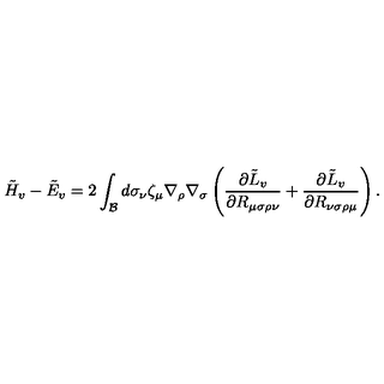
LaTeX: \tilde { H } _ { v } - \tilde { E } _ { v } = 2 \int _ { \cal B } d \sigma _ { \nu } \zeta _ { \mu } \nabla _ { \rho } \nabla _ { \sigma } \left( { \frac { \partial { \tilde { L } } _ { v } } { \partial R _ { \mu \sigma \rho \nu } } } + { \frac { \partial { \tilde { L } } _ { v } } { \partial R _ { \nu \sigma \rho \mu } } } \right) .